Indian journal of veterinary science and animal husbandry - Volumes 22-23, 1952-1953
Year: 1952
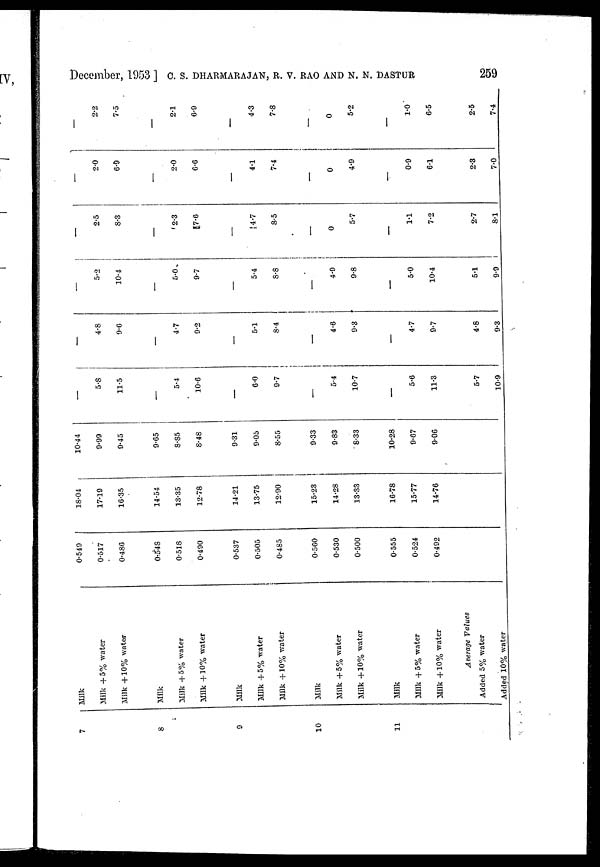
December, 1953] C. S. DHARMARAJAN, R. V. RAO AND N. N. DASTUR 259
7
8
9
10
11
Milk
Milk +5% water
Milk + 10% water
Milk
Milk + 5% water
Milk + 10% water
Milk
Milk +5% water
Milk +10% water
Milk
Milk +5% water
Milk +10% water
Milk
Milk +5% water
Milk +10% water
Average Values
Added 5% water
Added 10% water
0.549
0.517
0.486
0.548
0.518
0.490
0.537
0.505
0.485
0.560
0.530
0.500
0.555
0.524
0.492
18.04
17.19
16.35
14.54
13.35
12.78
14.21
13.75
12.90
15.23
14.28
13.33
16.78
15.77
14.76
10.44
9.99
9.45
9.65
8.85
8.48
9.31
9.05
8.55
9.33
9.83
8.33
10.28
9.67
9.06
—
5.8
11.5
—
5.4
10.6
—
6.0
9.7
—
5.4
10.7
—
5.6
11.3
5.7
10.9
—
4.8
9.6
—
4.7
9.2
—
5.1
8.4
—
4.6
9.3
—
4.7
9.7
4.8
9.3
—
5.2
10.4
—
5.0
9.7
—
5.4
8.8
—
4.9
9.8
—
5.0
10.4
5.1
9.9
—
2.5
8.3
—
2.3
7.6
—
4.7
8.5
—
0
5.7
—
1.1
7.2
2.7
8.1
—
2.0
6.9
—
2.0
6.6
—
4.1
7.4
—
0
4.9
—
0.9
6.1
2.3
7.0
—
2.2
7.5
—
2.1
6.9
—
4.3
7.8
—
0
5.2
—
1.0
6.5
2.5
7.4